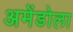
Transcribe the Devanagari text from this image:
अमेंडोला